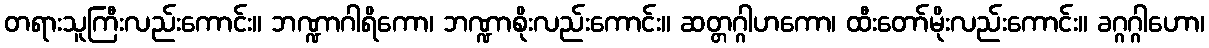
တရားသူကြီးလည်းကောင်း။ ဘဏ္ဍာဂါရိကော၊ ဘဏ္ဍာစိုးလည်းကောင်း။ ဆတ္တဂ္ဂါဟကော၊ ထီးတော်မိုးလည်းကောင်း။ ခဂ္ဂဂ္ဂါဟော၊